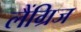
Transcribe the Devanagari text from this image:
लैंग्रिज